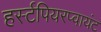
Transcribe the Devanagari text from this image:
हर्स्टपियरप्वायंट